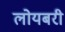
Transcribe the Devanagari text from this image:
लोयबरी